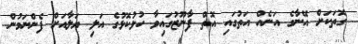
ގޮތަކަށް އޭނާގެ އަނެއް އަތުގައި އޮތް ފާނޫޒުގައިވާ ހުޅުކޮޅުގެ އަލި ޔަލާއަށް ފެންނަމުން